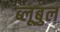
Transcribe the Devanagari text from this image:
ब्लूबुल